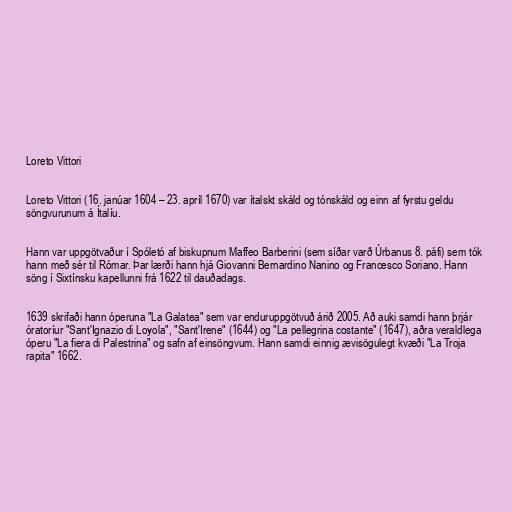
Loreto Vittori

Loreto Vittori (16. janúar 1604 – 23. apríl 1670) var ítalskt skáld og tónskáld og einn af fyrstu geldu
söngvurunum á Ítalíu.

Hann var uppgötvaður í Spóletó af biskupnum Maffeo Barberini (sem síðar varð Úrbanus 8. páfi) sem tók
hann með sér til Rómar. Þar lærði hann hjá Giovanni Bernardino Nanino og Francesco Soriano. Hann
söng í Sixtínsku kapellunni frá 1622 til dauðadags.

1639 skrifaði hann óperuna "La Galatea" sem var enduruppgötvuð árið 2005. Að auki samdi hann þrjár
óratoríur "Sant'Ignazio di Loyola", "Sant'Irene" (1644) og "La pellegrina costante" (1647), aðra veraldlega
óperu "La fiera di Palestrina" og safn af einsöngvum. Hann samdi einnig ævisögulegt kvæði "La Troja
rapita" 1662.